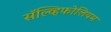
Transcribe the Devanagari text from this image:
सॅल्व्हिफोलियम